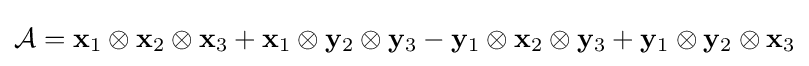
{\mathcal {A}}=\mathbf {x} _{1}\otimes \mathbf {x} _{2}\otimes \mathbf {x} _{3}+\mathbf {x} _{1}\otimes \mathbf {y} _{2}\otimes \mathbf {y} _{3}-\mathbf {y} _{1}\otimes \mathbf {x} _{2}\otimes \mathbf {y} _{3}+\mathbf {y} _{1}\otimes \mathbf {y} _{2}\otimes \mathbf {x} _{3}